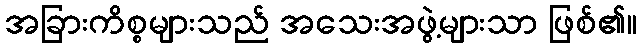
အခြားကိစ္စများသည် အသေးအဖွဲ့များသာ ဖြစ်၏။